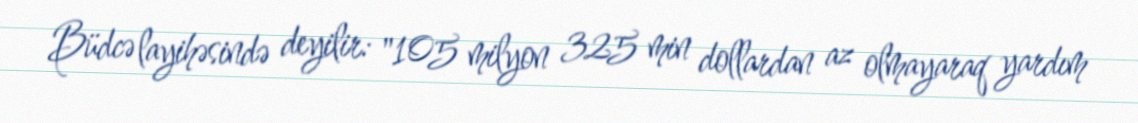
Büdcə layihəsində deyilir: "105 milyon 325 min dollardan az olmayaraq yardım